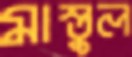
মাস্তুল